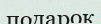
подарок